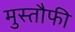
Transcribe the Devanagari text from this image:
मुस्तौफी